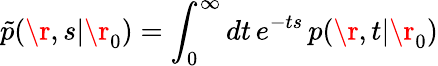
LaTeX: \tilde{p}(\r,s|\r_{0})=\int_{0}^{\infty}dt\, e^{-ts}\, p(\r,t|\r_{0})